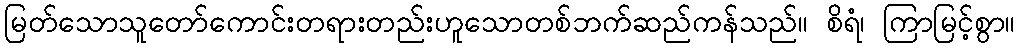
မြတ်သောသူတော်ကောင်းတရားတည်းဟူသောတစ်ဘက်ဆည်ကန်သည်။ စိရံ၊ ကြာမြင့်စွာ။